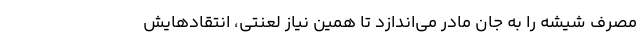
مصرف شیشه را به جان مادر می‌اندازد تا همین نیاز لعنتی، انتقادهایش